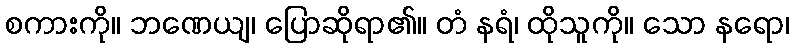
စကားကို။ ဘဏေယျ၊ ပြောဆိုရာ၏။ တံ နရံ၊ ထိုသူကို။ သော နရော၊